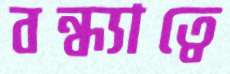
বন্ধ্যাত্বে